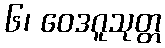
၆၊ ဝေဒဂူသုတ္တ